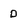
Character: D